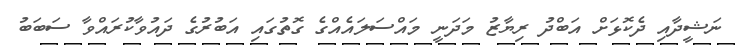
ނަޝީދާއި ދެކޮޅަށް އަބްދު ރިޔާޒު މަދަނީ މައްސަަލައެއްގެ ގޮތުގައި އަބުރުގެ ދައުވާކުރައްވާ ސަބަބު